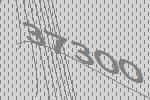
37300